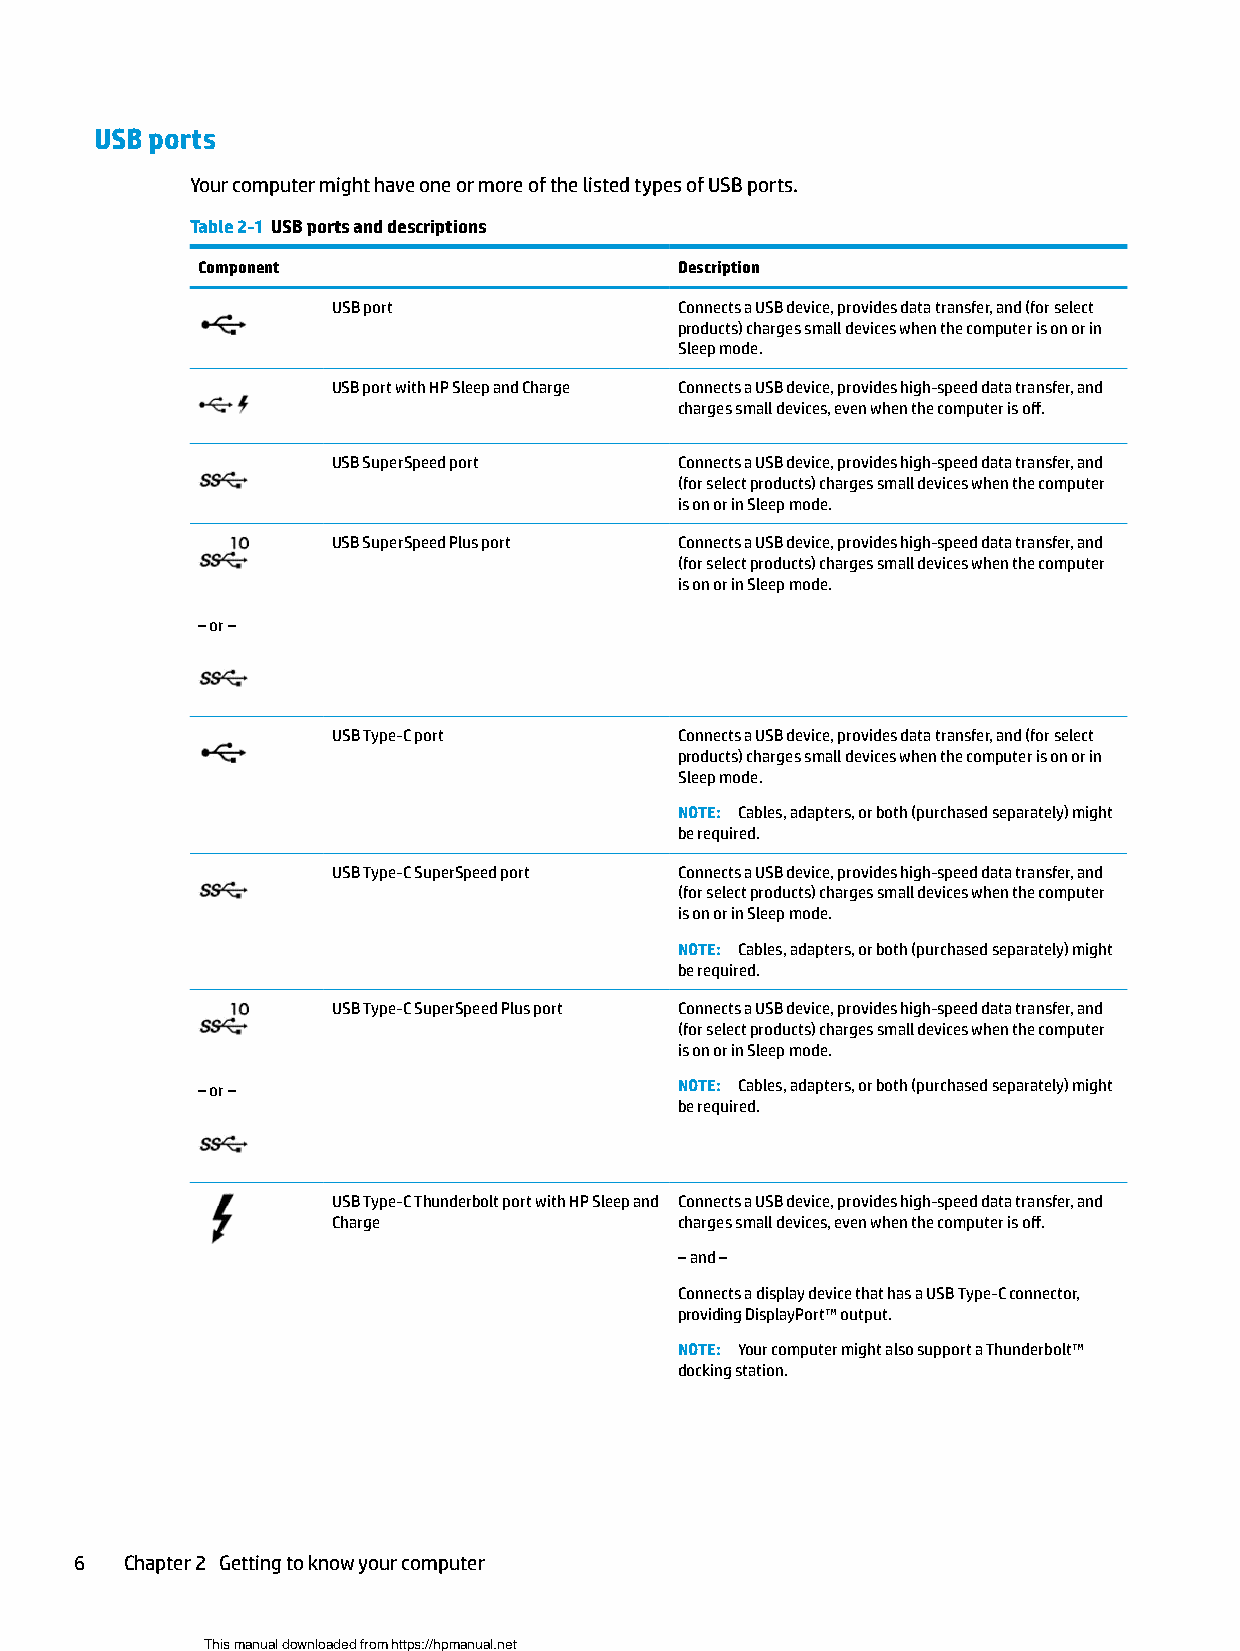
USB ports
 Your computer might have one or more of the listed types of USB ports.
 Table 2-1 USB ports and descriptions
 Component                       Description
 USB port               Connects a USB device, provides data transfer, and (for select
 products) charges small devices when the computer is on or in
 Sleep mode.
 USB port with HP Sleep and Charge Connects a USB device, provides high-speed data transfer, and
 charges small devices, even when the computer is off.
 USB SuperSpeed port    Connects a USB device, provides high-speed data transfer, and
 (for select products) charges small devices when the computer
 is on or in Sleep mode.
 USB SuperSpeed Plus port Connects a USB device, provides high-speed data transfer, and
 (for select products) charges small devices when the computer
 is on or in Sleep mode.
 – or –
 USB Type-C port        Connects a USB device, provides data transfer, and (for select
 products) charges small devices when the computer is on or in
 Sleep mode.
 NOTE: Cables, adapters, or both (purchased separately) might
 be required.
 USB Type-C SuperSpeed port Connects a USB device, provides high-speed data transfer, and
 (for select products) charges small devices when the computer
 is on or in Sleep mode.
 NOTE: Cables, adapters, or both (purchased separately) might
 be required.
 USB Type-C SuperSpeed Plus port Connects a USB device, provides high-speed data transfer, and
 (for select products) charges small devices when the computer
 is on or in Sleep mode.
 – or –                          NOTE: Cables, adapters, or both (purchased separately) might
 be required.
 USB Type-C Thunderbolt port with HP Sleep and Connects a USB device, provides high-speed data transfer, and
 Charge                 charges small devices, even when the computer is off.
 – and –
 Connects a display device that has a USB Type-C connector,
 providing DisplayPort™ output.
 NOTE: Your computer might also support a Thunderbolt™
 docking station.
 6  Chapter 2 Getting to know your computer
 This manual downloaded from https://hpmanual.net